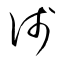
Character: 浅